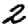
Digit: 2